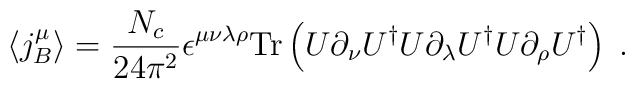
\langle j_B^\mu\rangle = \frac{N_c}{24 \pi^2}  \epsilon^{\mu\nu\lambda\rho}           \mbox{Tr} \left( U\partial_{\nu} U^{\dagger}                 U\partial_{\lambda} U^{\dagger}  U\partial_{\rho}            U^{\dagger}                    \right)\;.